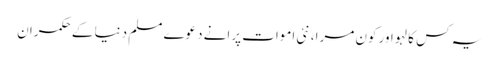
یہ کس کا لہو اور کون مرا، نئی اموات پرانے دعوے‎	 مسلم دنیا کے حکمران